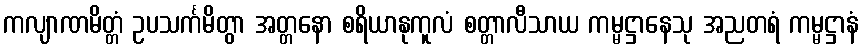
ကလျာဏမိတ္တံ ဥပသင်္ကမိတွာ အတ္တနော စရိယာနုကူလံ စတ္တာလီသာယ ကမ္မဋ္ဌာနေသု အညတရံ ကမ္မဋ္ဌာနံ